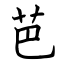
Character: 芭